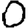
Digit: 0